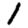
Digit: 1